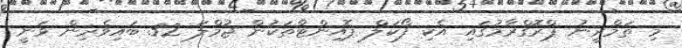
މި ތަމްރީނު ޕްރޮގްރާމުގައި އެކި ފޯކަލް ޕޮއިންޓްތަކުން ޖުމްލަ 32 ބައިވެރިން ވަނީ